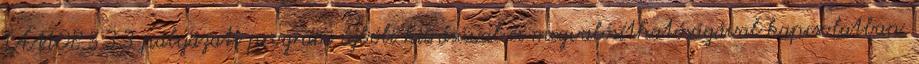
TÁMOP 5.3.3 pályázati program újbóli kiírásával és megvalósíthatóságával kapcsolatban.